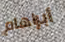
أبراهام